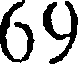
69